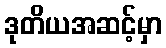
ဒုတိယအဆင့်မှာ